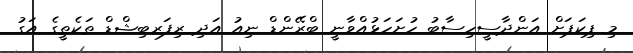
މި ޕިކަޕަށް އަންދާސީހިސާބު ހުށަހަޅުއްވާނީ ބްރޭންޑް ނިއު އަދި ރިފަރބިޝްޑް ތަކެތީގެ އަގު